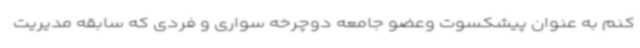
کنم به عنوان پیشکسوت وعضو جامعه دوچرخه سواری و فردی که سابقه مدیریت